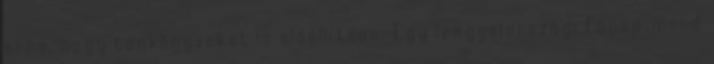
arra, hogy tankönyveket is előállítson. Egy lengyelországi főpap mond